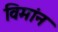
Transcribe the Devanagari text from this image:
विमांन